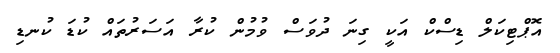
އޮޕްޓިކަލް ޑިސްކް އަކީ ގިނަ ދުވަސް ވުމުން ކުރާ އަސަރުތައް ކުޑަ ކުނޑި